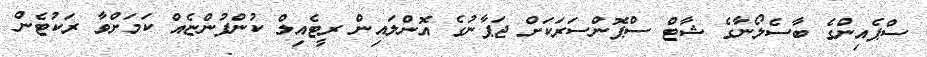
ސްޕެއިންގެ ބާސެލޯނާގެ ޝާޓް ސްޕޮންސަރަކަށް ޖަޕާނުގެ އޮންލައިން ރީޓެއިލް ކުންފުންޏެއް ކަމަށްވާ ރަކުޓެން